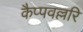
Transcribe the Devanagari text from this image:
कैप्पवल्लरि